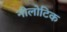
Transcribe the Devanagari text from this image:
नीलोटिक